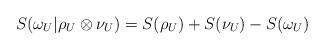
LaTeX: \begin{align*}S(\omega_U|\rho_U \otimes \nu_U)=S(\rho_U)+S(\nu_U)-S(\omega_U)\end{align*}